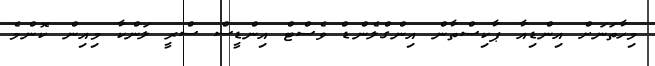
މިހާތަނަށް އިންޑިއާ ޕާކިސްތާން އިންގްލެންޑް ވެސްޓް އިންޑީސް ސްރީ ލަންކާ މިއިން ކޮންމެ